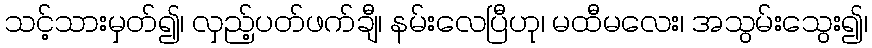
သင့်သားမှတ်၍၊ လှည့်ပတ်ဖက်ချီ၊ နမ်းလေပြီဟု၊ မထီမလေး၊ အသွမ်းသွေး၍၊